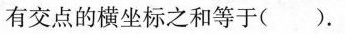
有交点的横坐标之和等于().